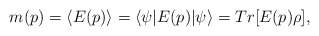
\begin{align*}m(p) = \langle E(p) \rangle= \langle\psi|E(p)|\psi\rangle = Tr[E(p)\rho],\end{align*}